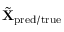
\tilde { \mathbf { X } } _ { \mathrm { p r e d / t r u e } }